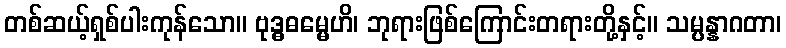
တစ်ဆယ့်ရှစ်ပါးကုန်သော။ ဗုဒ္ဓဓမ္မေဟိ၊ ဘုရားဖြစ်ကြောင်းတရားတို့နှင့်။ သမ္ပန္နာဂတာ၊